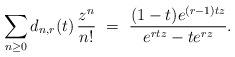
LaTeX: \begin{align*} \sum_{n \ge 0} d_{n,r} (t) \, \frac{z^n}{n!} \ =\ \frac{(1-t) e^{(r-1)tz}} {e^{rtz} - te^{rz}}. \end{align*}